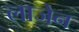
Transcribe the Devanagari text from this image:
लाजेन